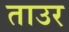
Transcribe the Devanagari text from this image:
ताउर